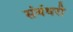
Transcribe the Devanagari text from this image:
संबंधरी